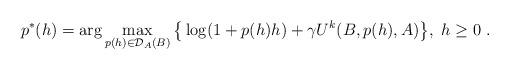
LaTeX: \begin{align*}p^*(h)=\arg\max_{p(h)\in{\cal D}_A(B)} \big\{ \log(1+p(h)h) + \gamma U^{k}(B,p(h),A) \big\},\ h\geq 0\ .\end{align*}